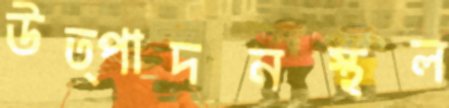
উত্পাদনস্থল